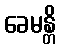
ခေမန္တိ